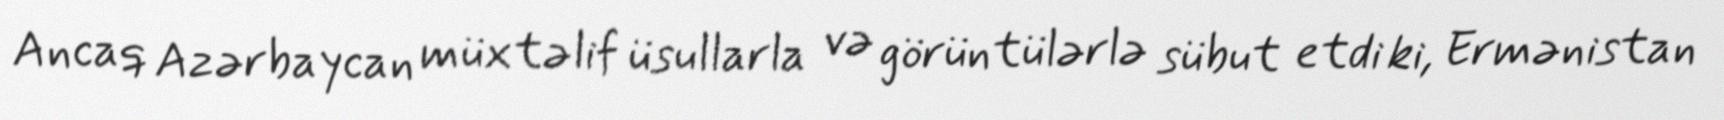
Ancaq Azərbaycan müxtəlif üsullarla və görüntülərlə sübut etdi ki, Ermənistan